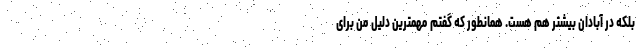
بلکه در آبادان بیشتر هم هست. همانطور که گفتم مهمترین دلیل من برای